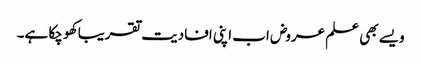
ویسے بھی علم عروض اب اپنی افادیت تقریبا کھو چکا ہے۔